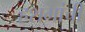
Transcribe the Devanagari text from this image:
हशमांची